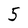
Character: 5